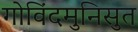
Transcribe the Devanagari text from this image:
गोविंदमुनिसुत